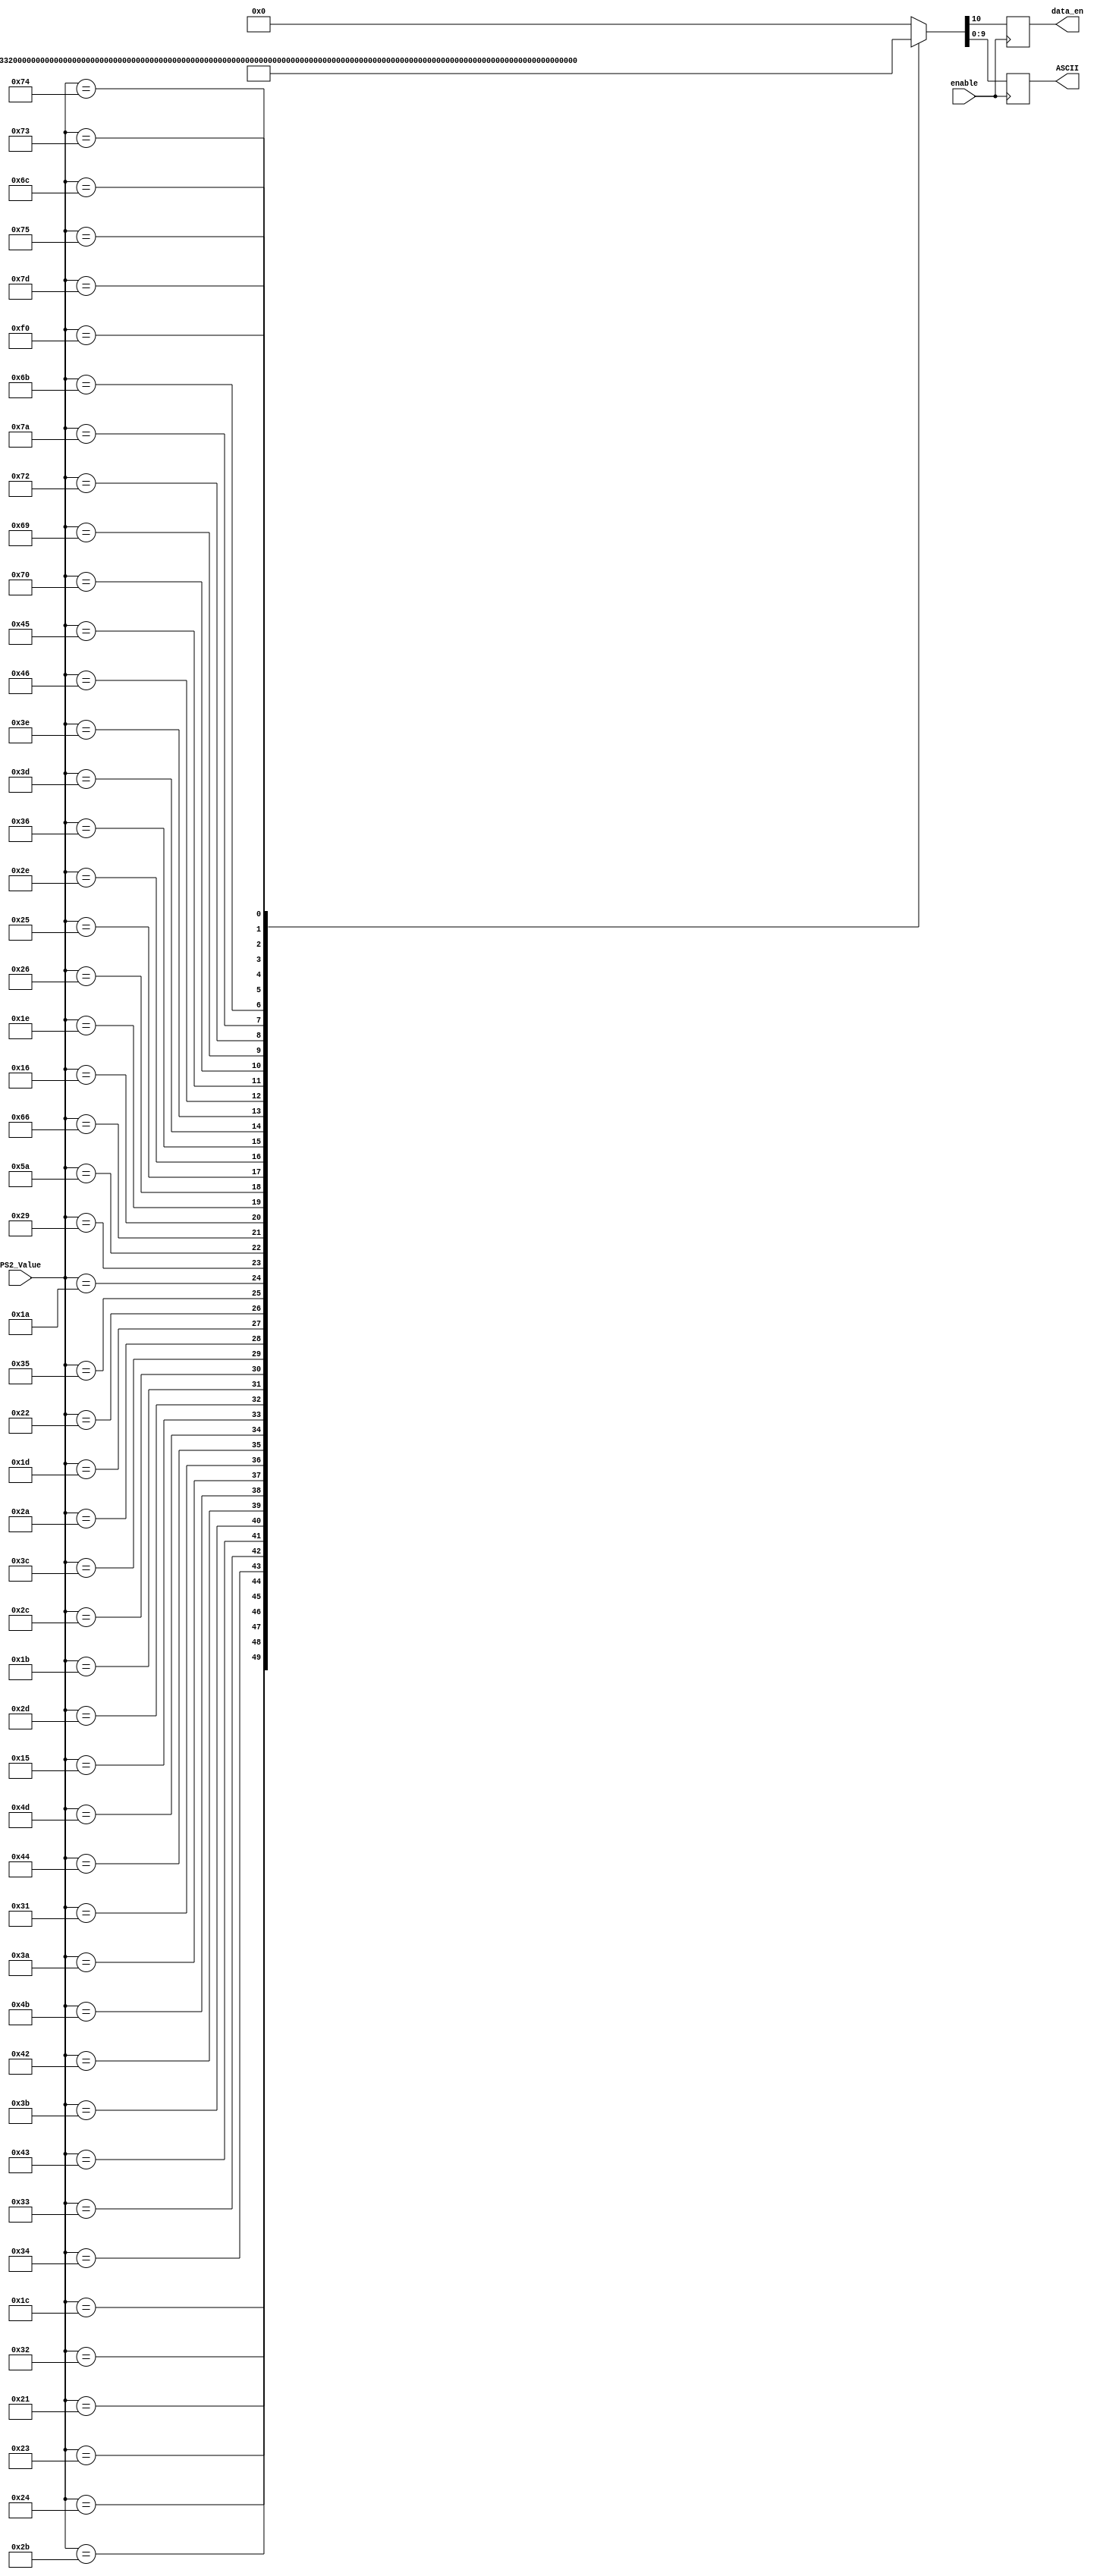
module decoder (
	input wire [7:0] PS2_Value,
	//input wire [10:0] new_line_counter,
	input wire enable,
	output reg data_en, 
	output reg [9:0] ASCII);
	
	always @ (negedge enable)
	begin
		case (PS2_Value)
		8'b00011100: {data_en, ASCII} = 11'b11001100001; // a
		8'b00110010: {data_en, ASCII} = 11'b11001100010; // b
		8'b00100001: {data_en, ASCII} = 11'b11001100011; // c
		8'b00100011: {data_en, ASCII} = 11'b11001100100; // d
		8'b00100100: {data_en, ASCII} = 11'b11001100101; // e
		8'b00101011: {data_en, ASCII} = 11'b11001100110; // f
		8'b00110100: {data_en, ASCII} = 11'b11001100111; // g
		8'b00110011: {data_en, ASCII} = 11'b11001101000; // h
		8'b01000011: {data_en, ASCII} = 11'b11001101001; // i
		8'b00111011: {data_en, ASCII} = 11'b11001101010; // j
		8'b01000010: {data_en, ASCII} = 11'b11001101011; // k
		8'b01001011: {data_en, ASCII} = 11'b11001101100; // l
		8'b00111010: {data_en, ASCII} = 11'b11001101101; // m
		8'b00110001: {data_en, ASCII} = 11'b11001101110; // n
		8'b01000100: {data_en, ASCII} = 11'b11001101111; // o
		8'b01001101: {data_en, ASCII} = 11'b11001110000; // p
		8'b00010101: {data_en, ASCII} = 11'b11001110001; // q
		8'b00101101: {data_en, ASCII} = 11'b11001110010; // r
		8'b00011011: {data_en, ASCII} = 11'b11001110011; // s
		8'b00101100: {data_en, ASCII} = 11'b11001110100; // t
		8'b00111100: {data_en, ASCII} = 11'b11001110101; // u
		8'b00101010: {data_en, ASCII} = 11'b11001110110; // v
		8'b00011101: {data_en, ASCII} = 11'b11001110111; // w
		8'b00100010: {data_en, ASCII} = 11'b11001111000; // x
		8'b00110101: {data_en, ASCII} = 11'b11001111001; // y
		8'b00011010: {data_en, ASCII} = 11'b11001111010; // z
		
		8'b00101001: {data_en, ASCII} = 11'b11000100000; // space
		8'b01011010: {data_en, ASCII} = 11'b10010101000;
		8'b01100110: {data_en, ASCII} = 11'b10000000001; // backspace

		
		8'b00010110: {data_en, ASCII} = 11'b11000100001; // !
		8'b00011110: {data_en, ASCII} = 11'b11001000000; // @
		8'b00100110: {data_en, ASCII} = 11'b11000100011; // #
		8'b00100101: {data_en, ASCII} = 11'b11000100100; // $
		8'b00101110: {data_en, ASCII} = 11'b11000100101; // %
		8'b00110110: {data_en, ASCII} = 11'b11001011110; // ^
		8'b00111101: {data_en, ASCII} = 11'b11000100110; // &
		8'b00111110: {data_en, ASCII} = 11'b11000101010; // *
		8'b01000110: {data_en, ASCII} = 11'b11000101000; // (
		8'b01000101: {data_en, ASCII} = 11'b11000101001; // )
		
		8'b01110000: {data_en, ASCII} = 11'b11000110000; // 0
		8'b01101001: {data_en, ASCII} = 11'b11000110001; // 1
		8'b01110010: {data_en, ASCII} = 11'b01000000101; // arrow down or 2
		8'b01111010: {data_en, ASCII} = 11'b11000110011; // 3
		8'b01101011: {data_en, ASCII} = 11'b01000000110; // arrow left or 4
		8'b01110011: {data_en, ASCII} = 11'b11000110101; // 5
		8'b01110100: {data_en, ASCII} = 11'b01000000111;// arrow right or 6
		8'b01101100: {data_en, ASCII} = 11'b11000110111; // 7
		8'b01110101: {data_en, ASCII} = 11'b01000001000;// arrow up or 8
		8'b01111101: {data_en, ASCII} = 11'b11000111001; // 9
		
		8'b11110000: {data_en, ASCII} = 11'b01100000000; // no enable  0xF0 command
		
		default: {data_en, ASCII} = 11'b00000000000;	// default to all 0's
		endcase
	end
endmodule